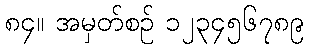
၈၄။ အမှတ်စဉ် ၁၂၃၄၅၆၇၈၉